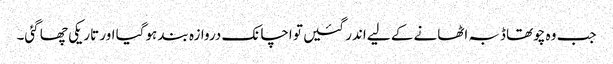
جب وہ چوتھا ڈبہ اٹھانے کے لیے اندر گئیں تو اچانک دروازہ بند ہوگیا اور تاریکی چھا گئی۔